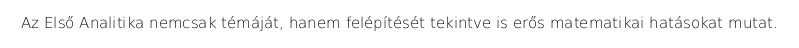
Az Első Analitika nemcsak témáját, hanem felépítését tekintve is erős matematikai hatásokat mutat.